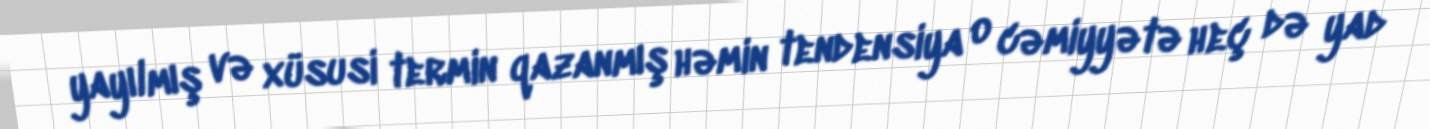
yayılmış və xüsusi termin qazanmış həmin tendensiya o cəmiyyətə heç də yad